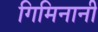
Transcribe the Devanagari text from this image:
गिमिनानी